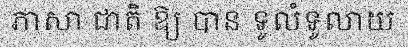
ភាសា ជាតិ ឱ្យ បាន ទូលំទូលាយ